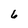
Character: 6